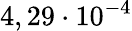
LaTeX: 4,29\cdot 10^{-4}